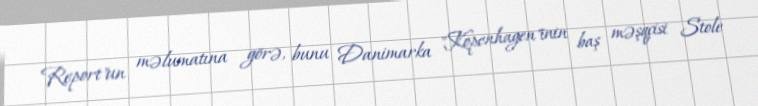
Report"un məlumatına görə, bunu Danimarka "Kopenhagen"inin baş məşqçisi Stole